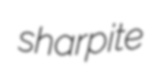
sharpite